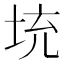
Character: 𡊿